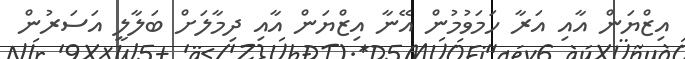
އިޒްޔަން އާއި އަރާ ހަމަވުމުން އޭނާ އިޒްޔަން އާއި ދިމާލަށް ބަލާލީ އަސަރުން